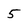
Character: 5